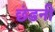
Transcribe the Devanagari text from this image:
छंडनी